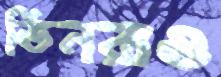
ডিনরাও